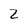
Character: 2